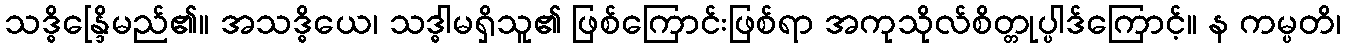
သဒ္ဓိန္ဒြေိမည်၏။ အသဒ္ဓိယေ၊ သဒ္ဓါမရှိသူ၏ ဖြစ်ကြောင်းဖြစ်ရာ အကုသိုလ်စိတ္တုပ္ပါဒ်ကြောင့်။ န ကမ္ပတိ၊